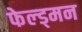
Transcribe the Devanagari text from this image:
फेल्ड्मन